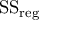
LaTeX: { \mathrm { S S } } _ { \mathrm { r e g } }